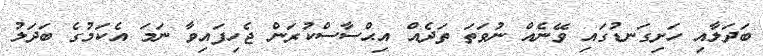
ބަދަލާއި ހަށިގަނޑުގައި ވޭނެއް ނުވަތަ ތަދެއް އިޙްސާސްކުރަން ޖެހިފައިވާ ނަމަ އެކަމުގެ ބަދަލު